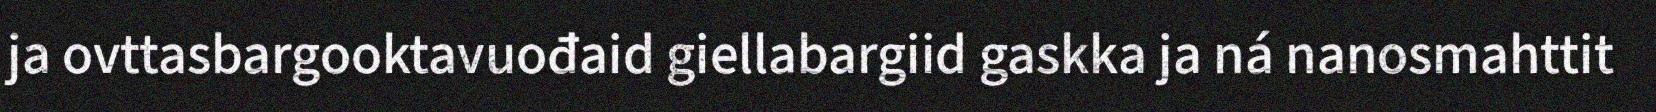
ja ovttasbargooktavuođaid giellabargiid gaskka ja ná nanosmahttit